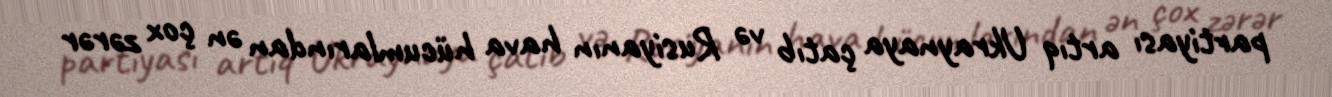
partiyası artıq Ukraynaya çatıb və Rusiyanın hava hücumlarından ən çox zərər